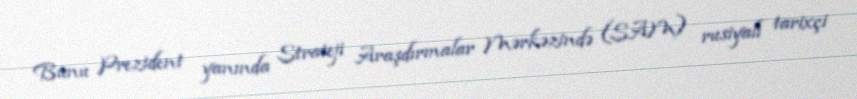
Bunu Prezident yanında Strateji Araşdırmalar Mərkəzində (SAM) rusiyalı tarixçi